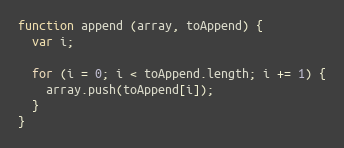
Language: JavaScript
function append (array, toAppend) {
  var i;

  for (i = 0; i < toAppend.length; i += 1) {
    array.push(toAppend[i]);
  }
}